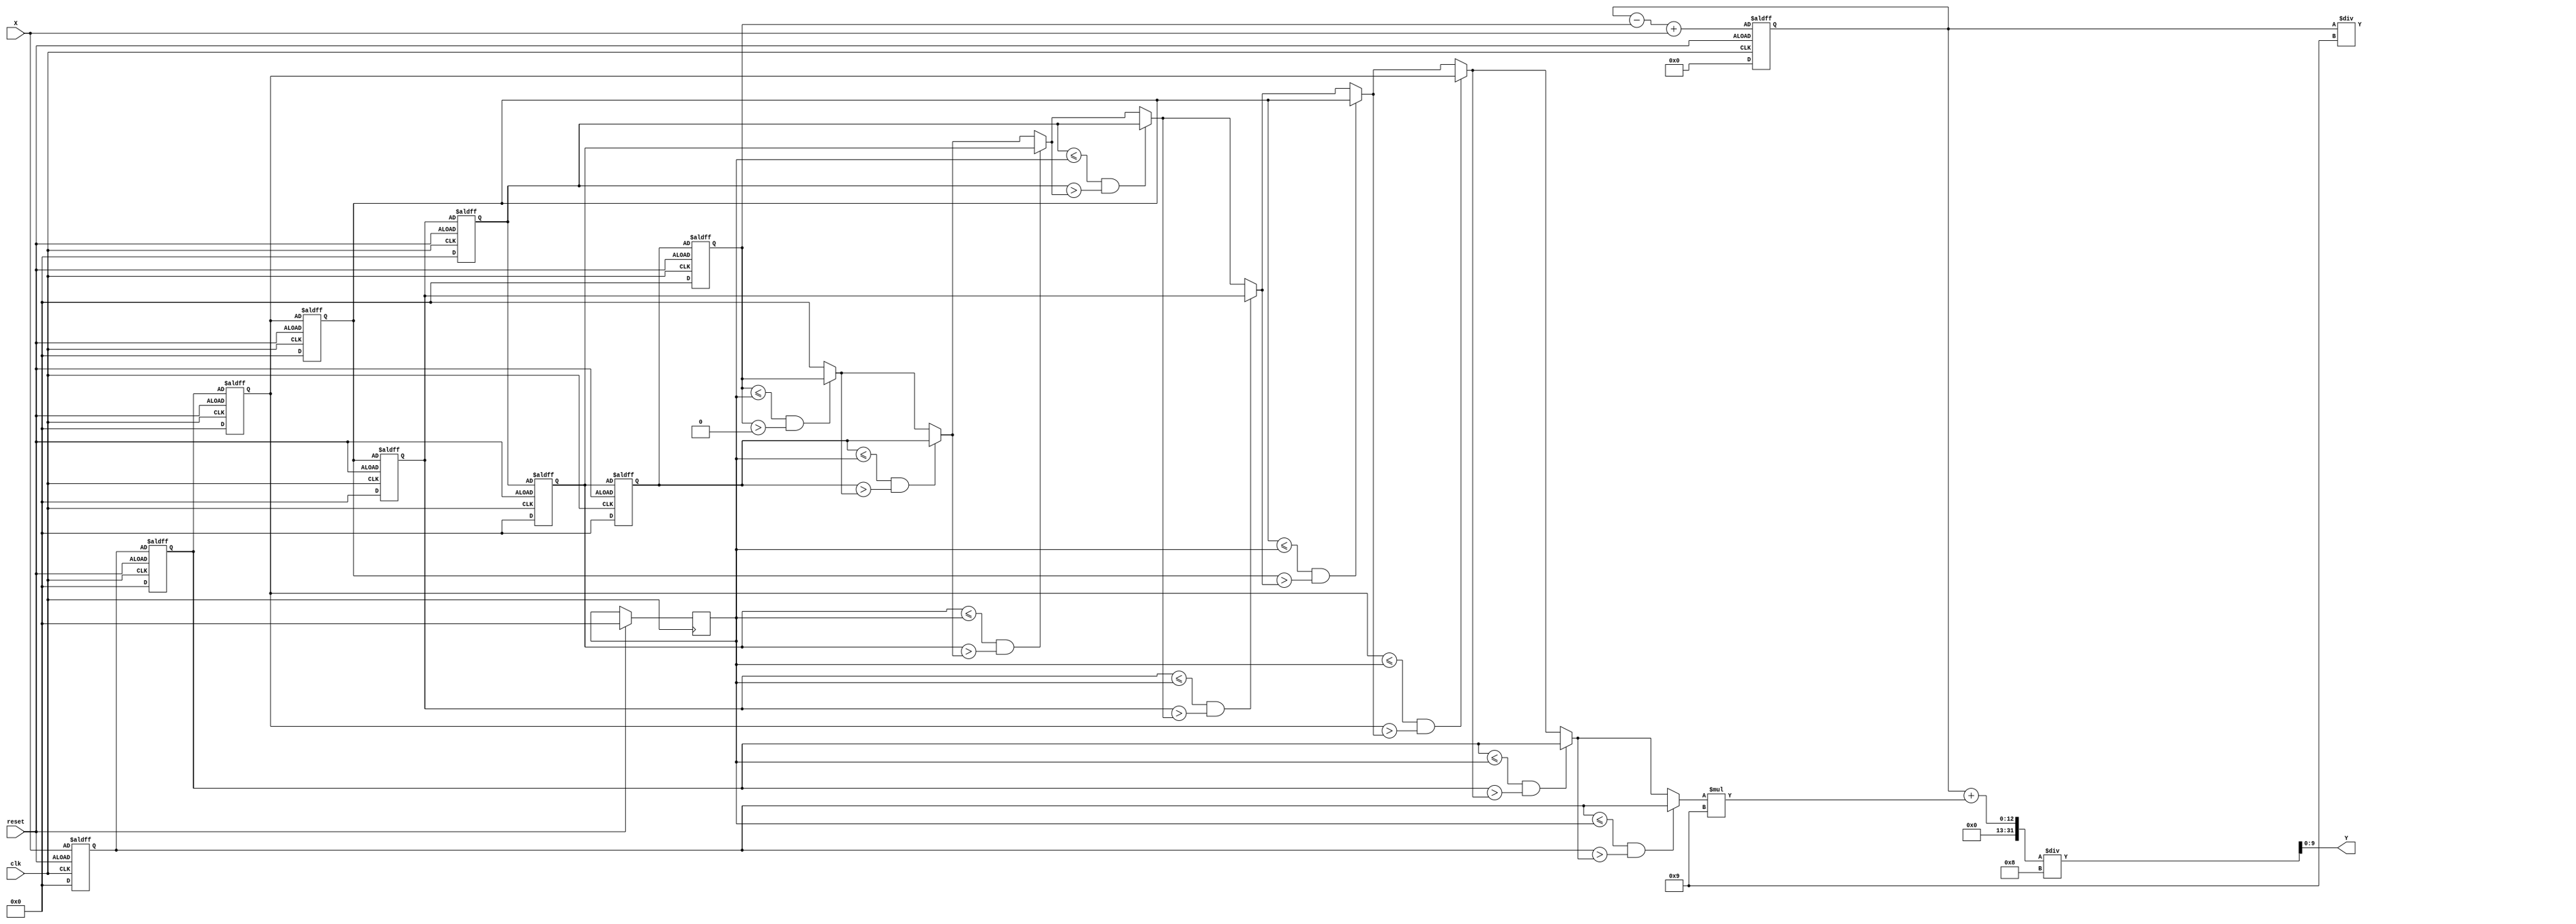
`timescale 1ns/10ps
module CS(Y, X, reset, clk);

  input clk, reset; 
  input 	[7:0] X;
  output reg [9:0] Y;
  
  //--------------------------------------
  //  \^o^/   Write your code here~  \^o^/ Meow~
  //--------------------------------------
  
  reg [7:0] x1, x2, x3, x4, x5, x6, x7, x8, x9;
  reg [7:0] Xapp;
  reg [7:0] Xavg; // sum/9
  reg [11:0] XS; // sum of x (255*9 = 2295 < 2^12)
  reg [7:0] temp; // record the closest xi for Xapp
  
  
  // STEP1: get the nine input first
  always@(posedge clk or negedge reset) begin
    if(reset) begin
      x1 <= 8'd0;
      x2 <= 8'd0;
      x3 <= 8'd0;
      x4 <= 8'd0;
      x5 <= 8'd0;
      x6 <= 8'd0;
      x7 <= 8'd0;
      x8 <= 8'd0;
      x9 <= 8'd0;
      XS <= 11'd0; 
      // not x1 plus to x9
      // because at the moment, the x is not zero
      Xavg <= 8'd0 ;
    end
    else begin
      x1 <= x2;
      x2 <= x3;
      x3 <= x4;
      x4 <= x5;
      x5 <= x6;
      x6 <= x7;
      x7 <= x8;
      x8 <= x9;
      x9 <= X;
      XS <= XS - x1 + X; // IMPORTANT: this x1 is the old one
      // IMPORTANT: cannot put Xavg = XS / 9 here!!
      // because at the moment XS is old
    end
  end
  
  // STEP2: the math part
  // we have to count whenever there's something change
  // no clk
  always@(*) begin 
    Xavg = XS / 9;
    temp = 0; // find the closest number(xi) that smaller than Xavg
    Xapp = 0;
    
    if((x1 <= Xavg) && (x1 > temp)) temp = x1;
    if((x2 <= Xavg) && (x2 > temp)) temp = x2;
    if((x3 <= Xavg) && (x3 > temp)) temp = x3;
    if((x4 <= Xavg) && (x4 > temp)) temp = x4;
    if((x5 <= Xavg) && (x5 > temp)) temp = x5;
    if((x6 <= Xavg) && (x6 > temp)) temp = x6;
    if((x7 <= Xavg) && (x7 > temp)) temp = x7;
    if((x8 <= Xavg) && (x8 > temp)) temp = x8;
    if((x9 <= Xavg) && (x9 > temp)) temp = x9;
    
      
    Xapp = temp;
    
    Y = (XS + (Xapp * 9))/ 8;
  end
endmodule